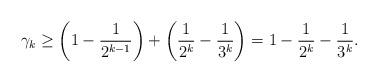
LaTeX: \begin{align*}\gamma_k \geq \left(1 - \frac{1}{2^{k-1}} \right) + \left( \frac{1}{2^k} - \frac{1}{3^k} \right)= 1 - \frac{1}{2^k} - \frac{1}{3^k}.\end{align*}